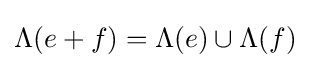
\Lambda (e+f)=\Lambda (e)\cup \Lambda (f)